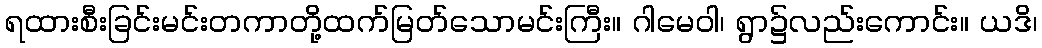
ရထားစီးခြင်းမင်းတကာတို့ထက်မြတ်သောမင်းကြီး။ ဂါမေဝါ၊ ရွာ၌လည်းကောင်း။ ယဒိ၊